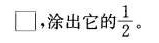
□，涂出它的 $$\frac{1}{2}$$ 。